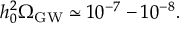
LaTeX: h _ { 0 } ^ { 2 } \Omega _ { \mathrm { G W } } \simeq 1 0 ^ { - 7 } - 1 0 ^ { - 8 } .